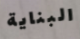
البناية